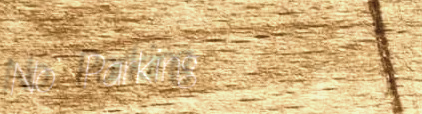
No Parking